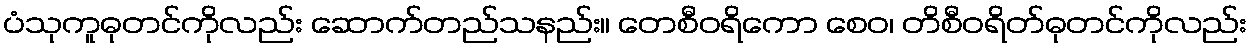
ပံသုကူဓုတင်ကိုလည်း ဆောက်တည်သနည်း။ တေစီဝရိကော စေဝ၊ တိစီဝရိတ်ဓုတင်ကိုလည်း